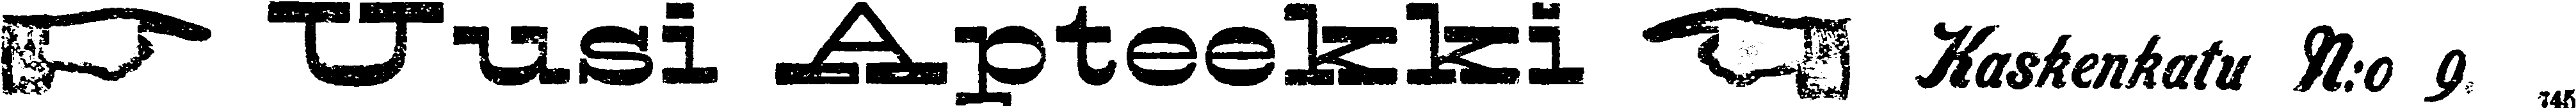
☛ Uusi Apteekki ☚ Kaskenkatu n:o 9.